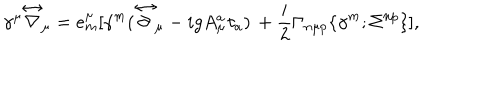
\gamma ^ { \mu } { \stackrel { \leftrightarrow } { \nabla } } _ { \mu } = e _ { m } ^ { \mu } [ \gamma ^ { m } ( \stackrel { \leftrightarrow } { \partial } _ { \mu } - i g A _ { \mu } ^ { a } \tau _ { a } ) \, + { \frac { i } { 2 } } \Gamma _ { n \mu p } \{ \gamma ^ { m } ; \Sigma ^ { n p } \} ] ,